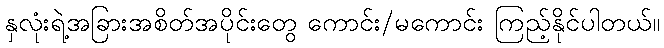
နှလုံးရဲ့အခြားအစိတ်အပိုင်းတွေ ကောင်း/မကောင်း ကြည့်နိုင်ပါတယ်။